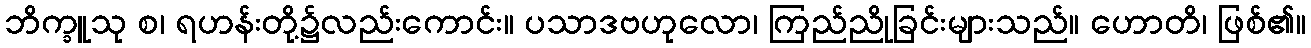
ဘိက္ခူသု စ၊ ရဟန်းတို့၌လည်းကောင်း။ ပသာဒဗဟုလော၊ ကြည်ညိုခြင်းများသည်။ ဟောတိ၊ ဖြစ်၏။